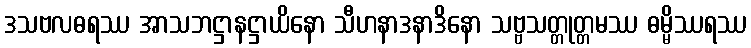
ဒသဗလဓရဿ အာသဘဋ္ဌာနဋ္ဌာယိနော သီဟနာဒနာဒိနော သဗ္ဗသတ္တုတ္တမဿ ဓမ္မိဿရဿ